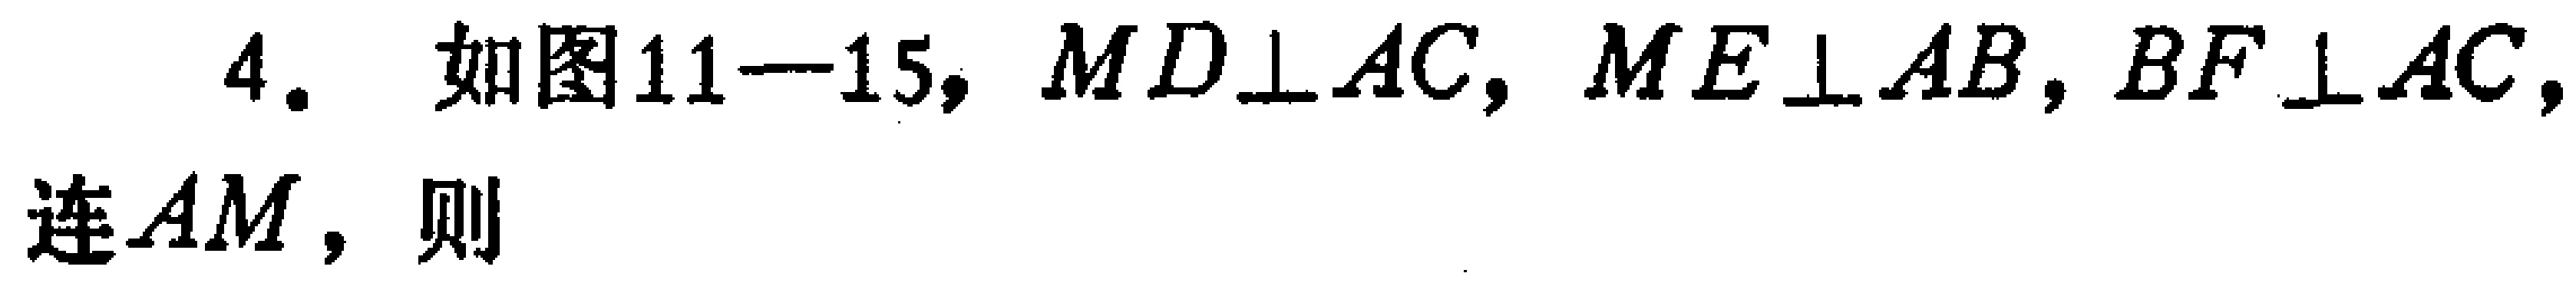
4. 如图11—15，$MD\perp AC$，$ME\perp AB$，$BF\perp AC$，连$AM$，则